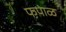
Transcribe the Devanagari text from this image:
फपाळ